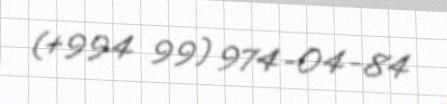
(+994 99) 974-04-84